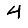
Digit: 4